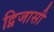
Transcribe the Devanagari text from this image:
द्विजासी